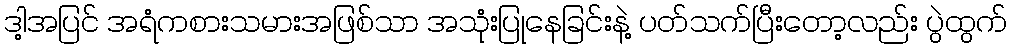
ဒါ့အပြင် အရံကစားသမားအဖြစ်သာ အသုံးပြုနေခြင်းနဲ့ ပတ်သက်ပြီးတော့လည်း ပွဲထွက်